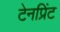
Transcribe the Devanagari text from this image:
टेनप्रिंट